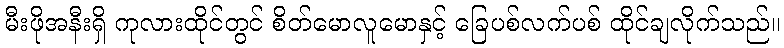
မီးဖိုအနီးရှိ ကုလားထိုင်တွင် စိတ်မောလူမောနှင့် ခြေပစ်လက်ပစ် ထိုင်ချလိုက်သည်။